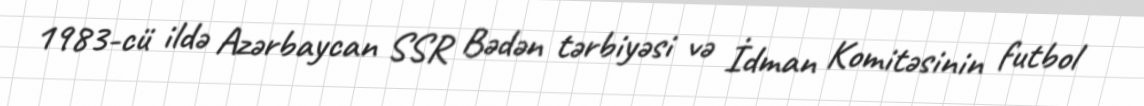
1983-cü ildə Azərbaycan SSR Bədən tərbiyəsi və İdman Komitəsinin futbol